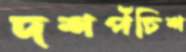
দশপঁচিশ